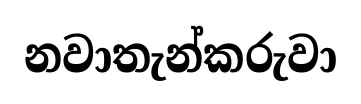
නවාතැන්කරුවා